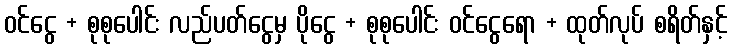
ဝင်ငွေ + စုစုပေါင်း လည်ပတ်ငွေမှ ပိုငွေ + စုစုပေါင်း ဝင်ငွေရော + ထုတ်လုပ် စရိတ်နှင့်